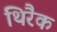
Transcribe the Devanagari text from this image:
थिरैक